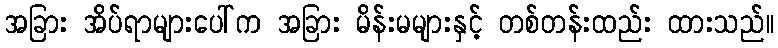
အခြား အိပ်ရာများပေါ်က အခြား မိန်းမများနှင့် တစ်တန်းထည်း ထားသည်။